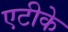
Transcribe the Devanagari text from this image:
एटीके